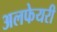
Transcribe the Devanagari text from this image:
अलफेयरी